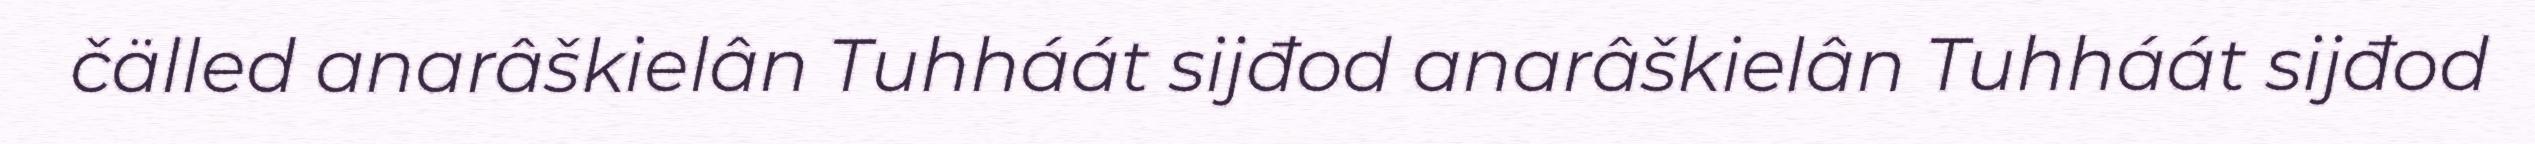
čälled anarâškielân Tuhháát sijđod anarâškielân Tuhháát sijđod